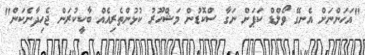
"އަހަންނަށް އެނގޭ ވޯލްޑް ކަޕަށް ނަގާ ސްކޮޑުން މަޝްހޫރު ކުޅުންތެރިއެއް ބާކީކުރަން ޖެހިދާނެކަން"